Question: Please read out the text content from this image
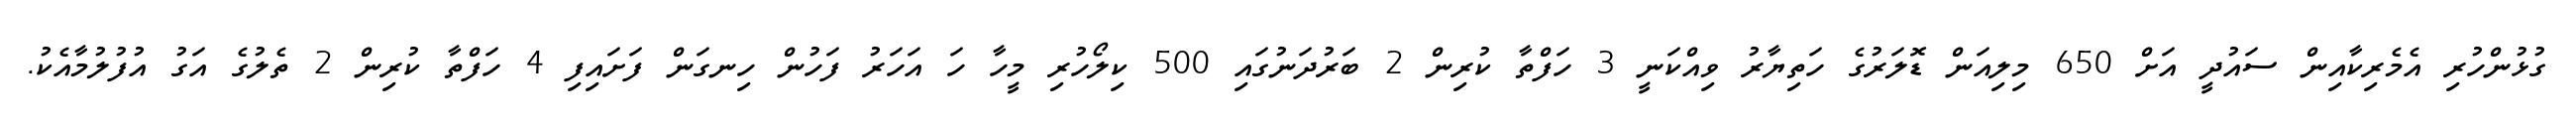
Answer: ގުޅުންހުރި އެމެރިކާއިން ސައުދީ އަށް 650 މިލިއަން ޑޮލަރުގެ ހަތިޔާރު ވިއްކަނީ 3 ހަފްތާ ކުރިން 2 ބަރުދަނުގައި 500 ކިލޯހުރި މީހާ ހަ އަހަރު ފަހުން ހިނގަން ފަށައިފި 4 ހަފްތާ ކުރިން 2 ތެލުގެ އަގު އުފުލުމާއެކު.